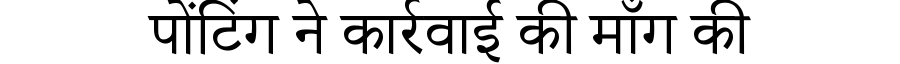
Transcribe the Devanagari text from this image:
पोंटिंग ने कार्रवाई की माँग की